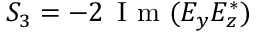
S _ { 3 } = - 2 \, \mathrm { ~ I ~ m ~ } ( E _ { y } E _ { z } ^ { * } )